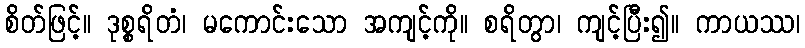
စိတ်ဖြင့်။ ဒုစ္စရိတံ၊ မကောင်းသော အကျင့်ကို။ စရိတွာ၊ ကျင့်ပြီး၍။ ကာယဿ၊